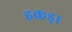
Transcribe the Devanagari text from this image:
हकड़ा